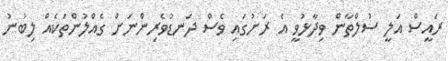
ރައީސް އަލީ ސުލްތާން ވިދާޅުވީ އެ ރަށުގައި ވެސް ދަނޑުވެރިންނަށް ގެއްލުންތަކެއް ލިބުނު